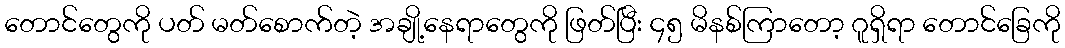
တောင်တွေကို ပတ် မတ်စောက်တဲ့ အချို့နေရာတွေကို ဖြတ်ပြီး ၄၅ မိနစ်ကြာတော့ ဂူရှိရာ တောင်ခြေကို